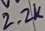
Text: 2.2K